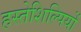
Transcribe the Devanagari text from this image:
हस्तेशिल्पियों